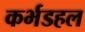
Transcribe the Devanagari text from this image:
कर्भडहल